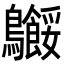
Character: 𬷸